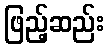
ဖြည့်ဆည်း